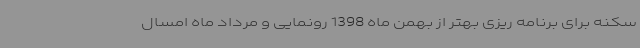
سکنه برای برنامه ریزی بهتر از بهمن ماه 1398 رونمایی و مرداد ماه امسال